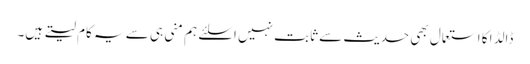
ڈالڈا کا استعمال بھی حدیث سے ثابت نہیں اسلئے ہم منی ہی سے یہ کام لیتے ہیں۔